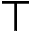
\intercal